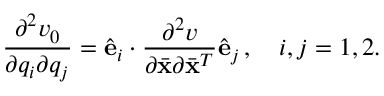
\frac { \partial ^ { 2 } v _ { 0 } } { \partial q _ { i } \partial q _ { j } } = \hat { \bf e } _ { i } \cdot \frac { \partial ^ { 2 } v } { \partial \bar { \bf x } \partial \bar { \bf x } ^ { T } } \hat { \bf e } _ { j } \, , \quad i , j = 1 , 2 .